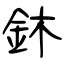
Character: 鈢